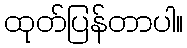
ထုတ်ပြန်တာပါ။